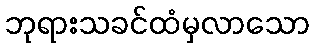
ဘုရားသခင်ထံမှလာသော